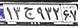
۱۳ج۹۳۲۶۷